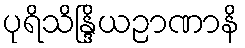
ပုရိသိန္ဒြိယဉာဏာနိ